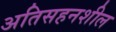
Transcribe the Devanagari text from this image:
अतिसहनशील